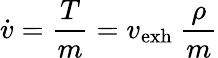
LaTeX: {\dot{v}}={\frac{T}{m}}=v_{\mathrm{exh}}\ {\frac{\rho}{m}}